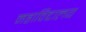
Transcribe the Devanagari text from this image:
महाविद्दालय